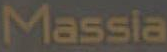
Massia